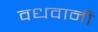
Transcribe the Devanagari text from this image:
वधवानी